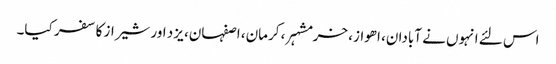
اس لئے انہوں نے آبادان، اھواز، خرمشہر، کرمان، اصفہان، یزد اور شیراز کا سفر کیا۔